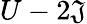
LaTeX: U-2\mathfrak{J}